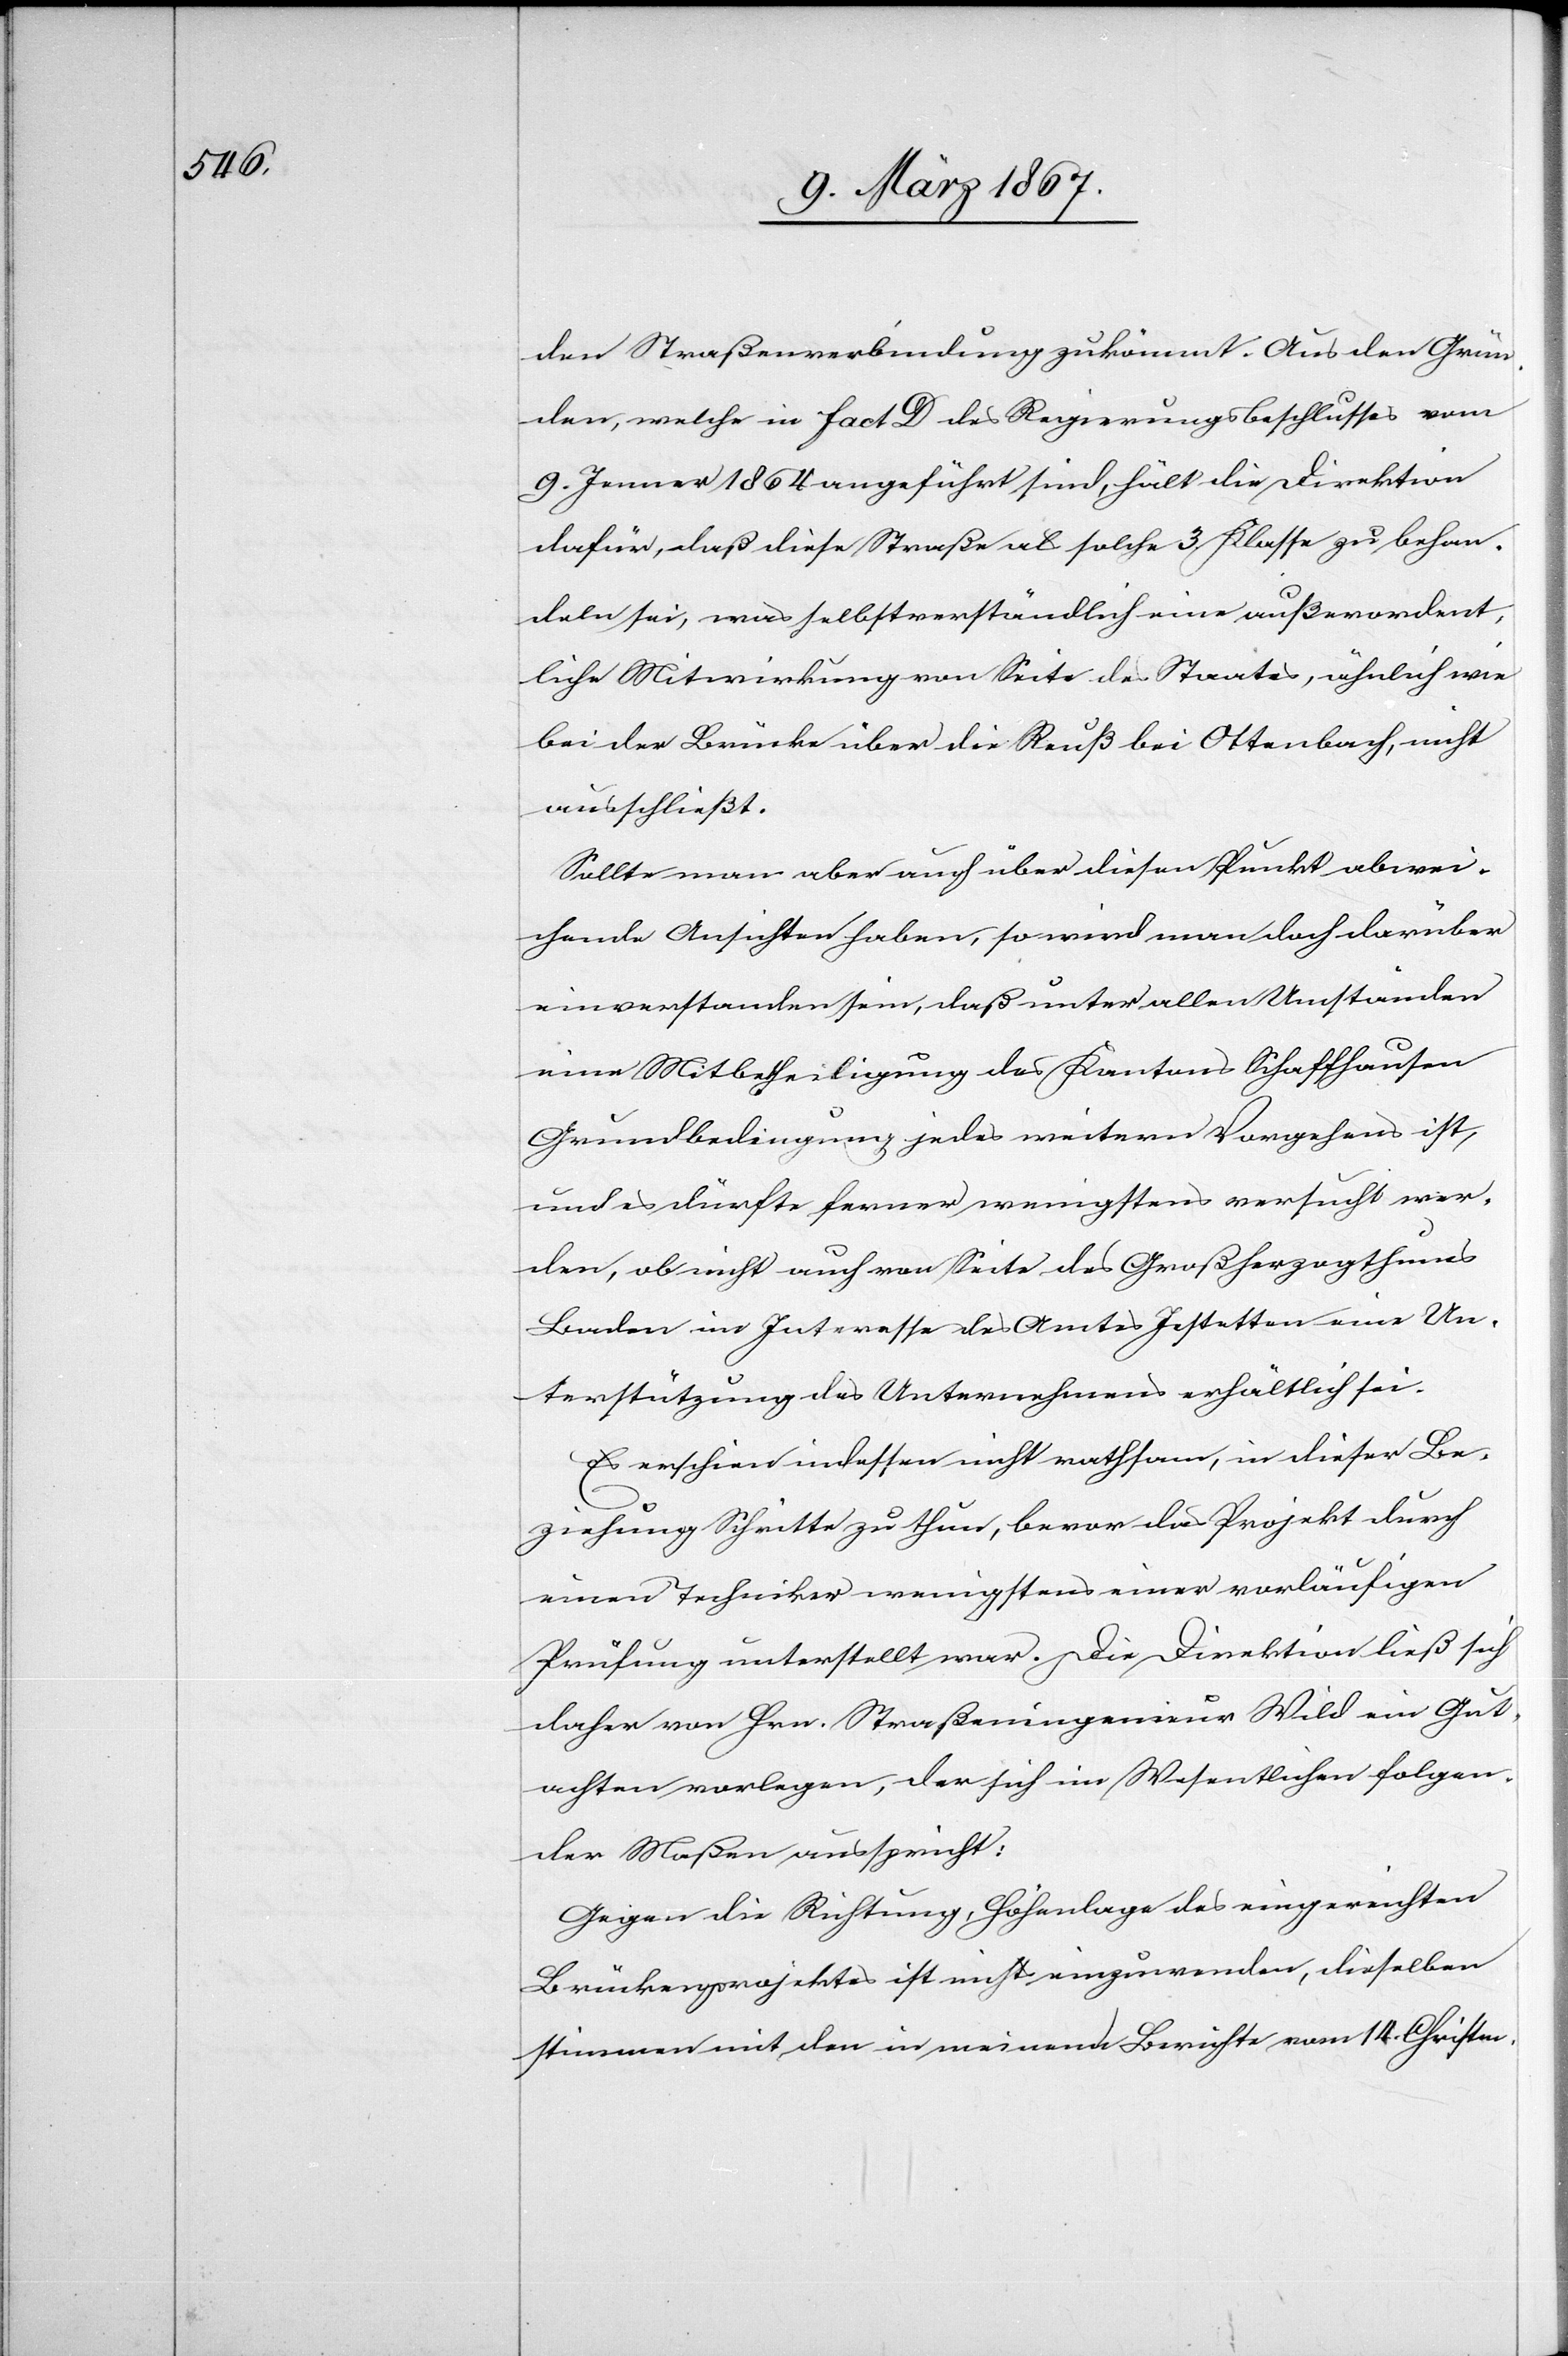
den Straßenverbindung zukömmt. Aus den Grün¬
den, welche in fact D des Regierungsbeschlusses vom
9. Jenner 1864 angeführt sind, hält die Direktion
dafür, daß diese Straße als solche 3. Klasse zu behan¬
deln sei, was selbstverständlich eine außerordent¬
liche Mitwirkung von Seite des Staates, ähnlich wie
bei der Brücke über die Reuß bei Ottenbach, nicht
ausschließt.
Sollte man aber auch über diesen Punkt abwei¬
chende Ansichten haben, so wird man doch darüber
einverstanden sein, daß unter allen Umständen
eine Mitbetheiligung des Kantons Schaffhausen
Grundbedingung jedes weitern Vorgehens ist,
und es dürfte ferner wenigstens versucht wer¬
den, ob nicht auch von Seite des Großherzogthums
Baden im Interesse des Amtes Jestetten eine Un¬
terstützung des Unternehmens erhältlich sei.
Es erschien indessen nicht rathsam, in dieser Be¬
ziehung Schritte zu thun, bevor das Projekt durch
einen Techniker wenigstens einer vorläufigen
Prüfung unterstellt war. Die Direktion ließ sich
daher von Hrn. Straßeningenieur Wild ein Gut¬
achten vorlegen, der sich im Wesentlichen folgen¬
der Maßen ausspricht:
Gegen die Richtung, Höhenlage des eingereichten
Brückenprojektes ist nichts einzuwenden, dieselben
stimmen mit den in meinem Berichte vom 14. Christm.